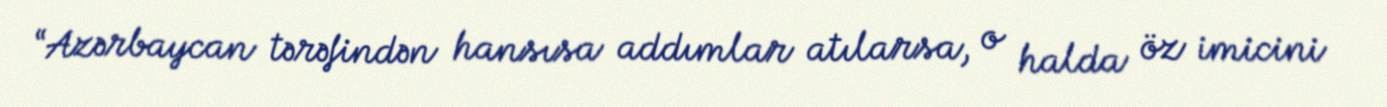
“Azərbaycan tərəfindən hansısa addımlar atılarsa, o halda öz imicini